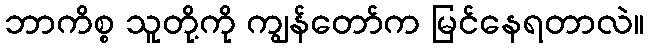
ဘာကိစ္စ သူတို့ကို ကျွန်တော်က မြင်နေရတာလဲ။